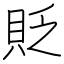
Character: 貶